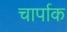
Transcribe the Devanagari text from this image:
चार्पाक